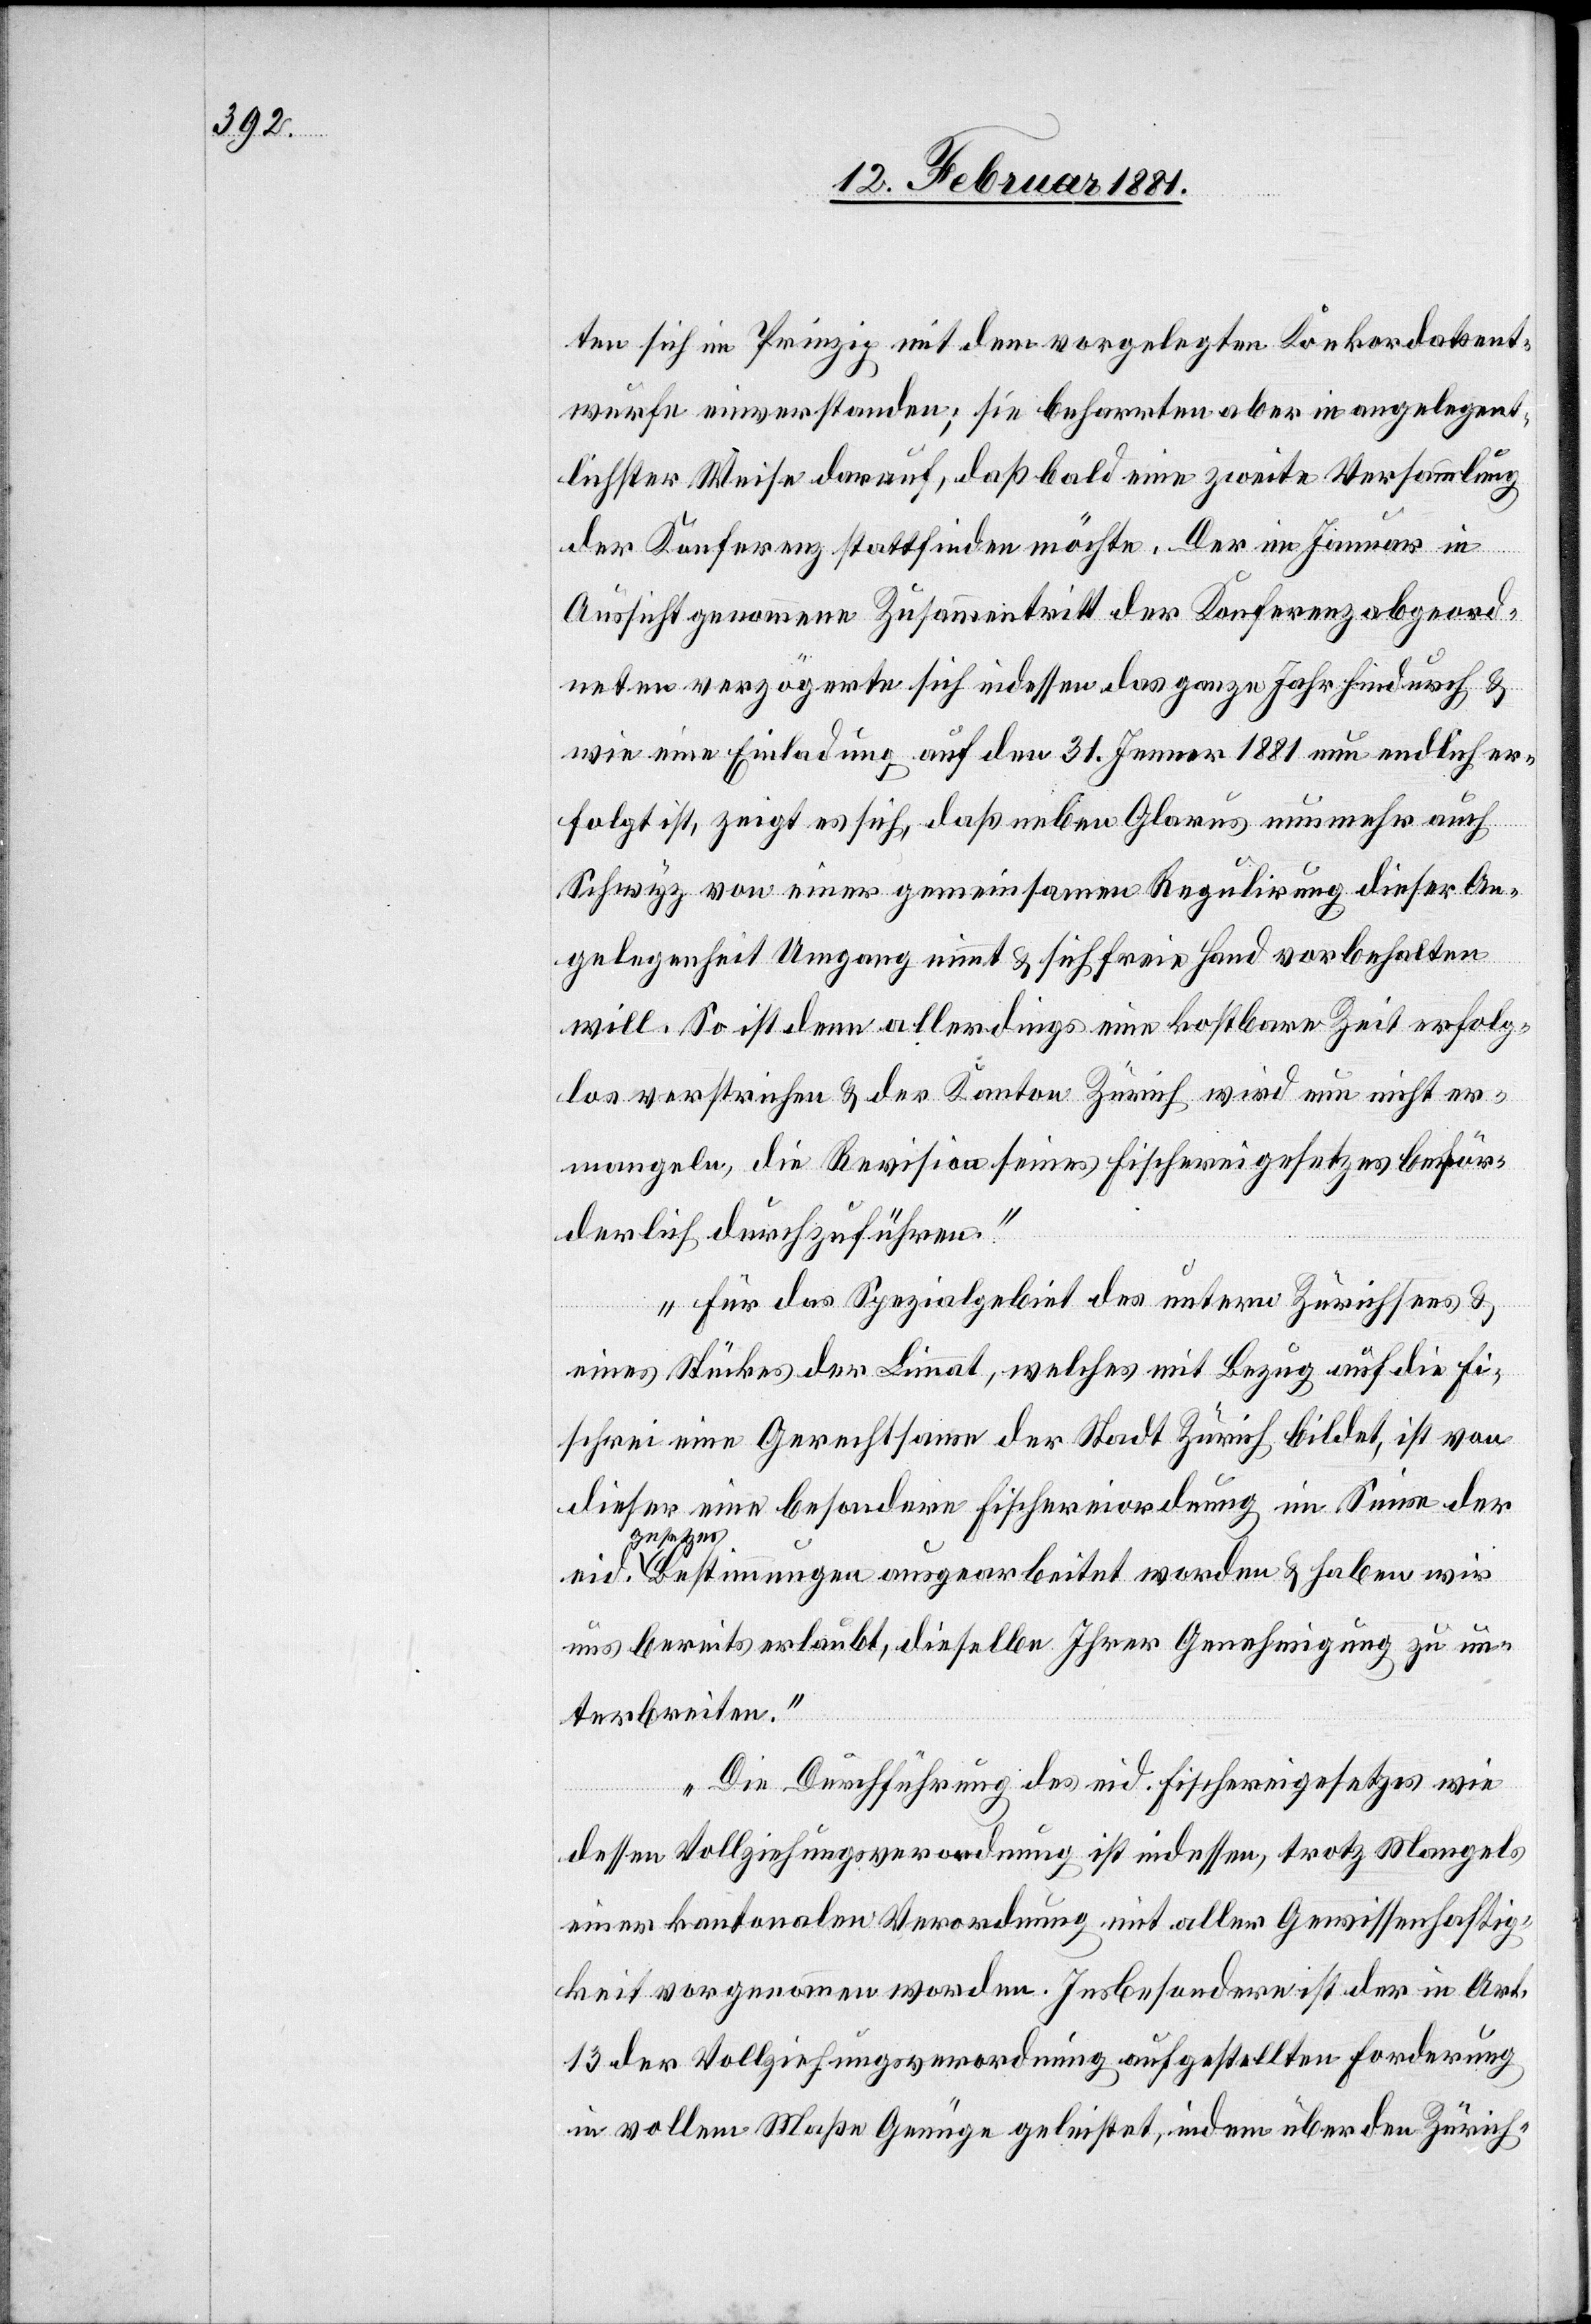
ten sich im Prinzip mit dem vorgelegten Konkordatsent¬
wurfe einverstanden; sie beharrten aber in angelegent¬
lichster Weise darauf, daß bald eine zweite Versammlung
der Konferenz stattfinden möchte. Der im Januar in
Aussicht genommene Zusammentritt der Konferenzabgeord¬
neten verzögerte sich indessen das ganze Jahr hindurch &
wie eine Einladung auf den 31. Jenner 1881 nun endlich er¬
folgt ist, zeigt es sich, daß neben Glarus nunmehr auch
Schwyz von einer gemeinsamen Regulirung dieser An¬
gelegenheit Umgang nimmt & sich freie Hand vorbehalten
will. So ist denn allerdings eine kostbare Zeit erfolg¬
los verstrichen & der Kanton Zürich wird nun nicht er¬
mangeln, die Revision seines Fischereigesetzes beför¬
derlich durchzuführen.
Für das Spezialgebiet des untern Zürichsees &
eines Stückes der Limmat, welches mit Bezug auf die Fi¬
scherei eine Gerechtsame der Stadt Zürich bildet, ist von
dieser eine besondere Fischereiordnung im Sinne der
Gesetze¬
sbestimmungen ausgearbeitet worden & haben wir
uns bereit erlaubt, dieselbe Ihrer Genehmigung zu un¬
terbreiten.
Die Durchführung des eid. Fischereigesetzes wie
dessen Vollziehungsverordnung ist indessen, trotz Mangels
einer kantonalen Verordnung mit aller Gewissenhaftig¬
keit vorgenommen worden. Insbesondere ist der in Art.
13 der Vollziehungsverordnung ausgestellten Forderungen
in vollem Maße Genüge geleistet, indem über den Zürich-